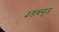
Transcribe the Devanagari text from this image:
३डब्ल्यूज